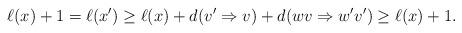
LaTeX: \begin{align*}\ell(x)+1= \ell(x') \geq \ell(x) + d(v'\Rightarrow v) + d(wv\Rightarrow w'v')\geq \ell(x)+1.\end{align*}